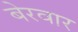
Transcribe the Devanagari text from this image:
बेरवार